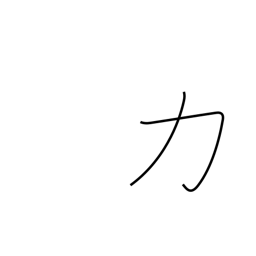
Meaning: bear up